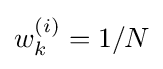
w_{k}^{(i)}=1/N